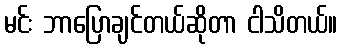
မင်း ဘာပြောချင်တယ်ဆိုတာ ငါသိတယ်။